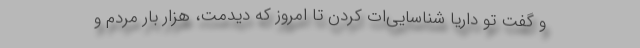
و گفت تو داریا شناسایی‌ات کردن تا امروز که دیدمت، هزار بار مردم و